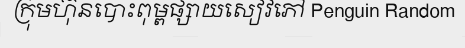
ក្រុមហ៊ុនបោះពុម្ពផ្សាយសៀវភៅ Penguin Random